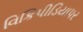
વિકિપીડિયાપર